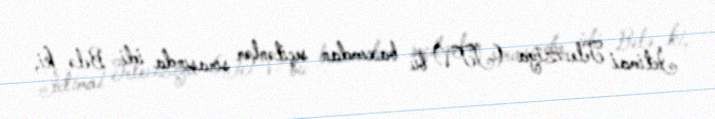
İctimai Televiziya (İTV) bu baxımdan seçilənlər sırasında idi. Belə ki,